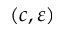
( c , \varepsilon )